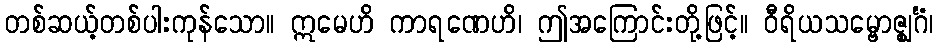
တစ်ဆယ့်တစ်ပါးကုန်သော။ ဣမေဟိ ကာရဏေဟိ၊ ဤအကြောင်းတို့ဖြင့်။ ဝီရိယသမ္ဗောဇ္ဈင်္ဂံ၊